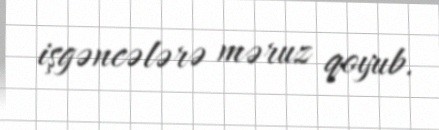
işgəncələrə məruz qoyub.